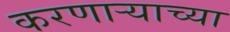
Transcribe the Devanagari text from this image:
करणार्‍याच्या